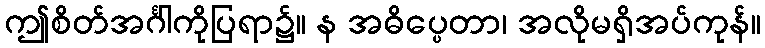
ဤစိတ်အင်္ဂါကိုပြရာ၌။ န အဓိပ္ပေတာ၊ အလိုမရှိအပ်ကုန်။